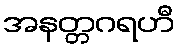
အနတ္တဂရဟီ